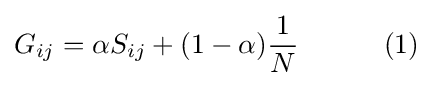
G_{ij}=\alpha S_{ij}+(1-\alpha ){\frac {1}{N}}\;\;\;\;\;\;\;\;\;\;\;(1)